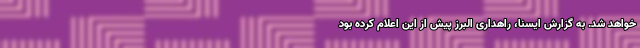
خواهد شد. به گزارش ایسنا، راهداری البرز پیش از این اعلام کرده بود